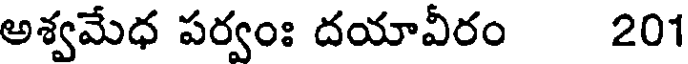
అశ్వమేధ పర్వంః దయావీరం 201